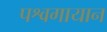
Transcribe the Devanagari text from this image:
पश्वगायान